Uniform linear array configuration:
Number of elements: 16
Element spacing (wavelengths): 0.75
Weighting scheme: exponential
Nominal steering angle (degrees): -60
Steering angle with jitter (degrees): -61.27
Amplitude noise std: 0.05
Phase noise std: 0.05

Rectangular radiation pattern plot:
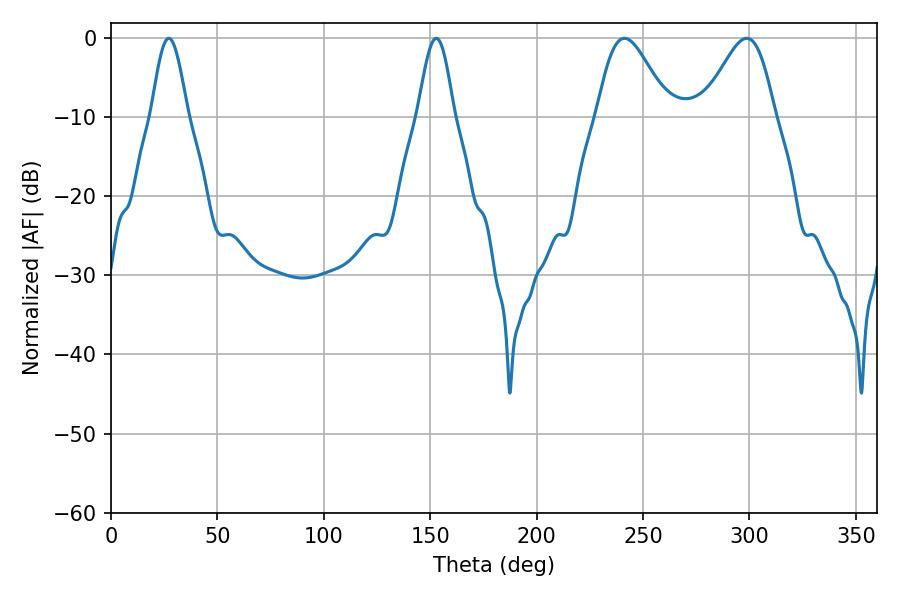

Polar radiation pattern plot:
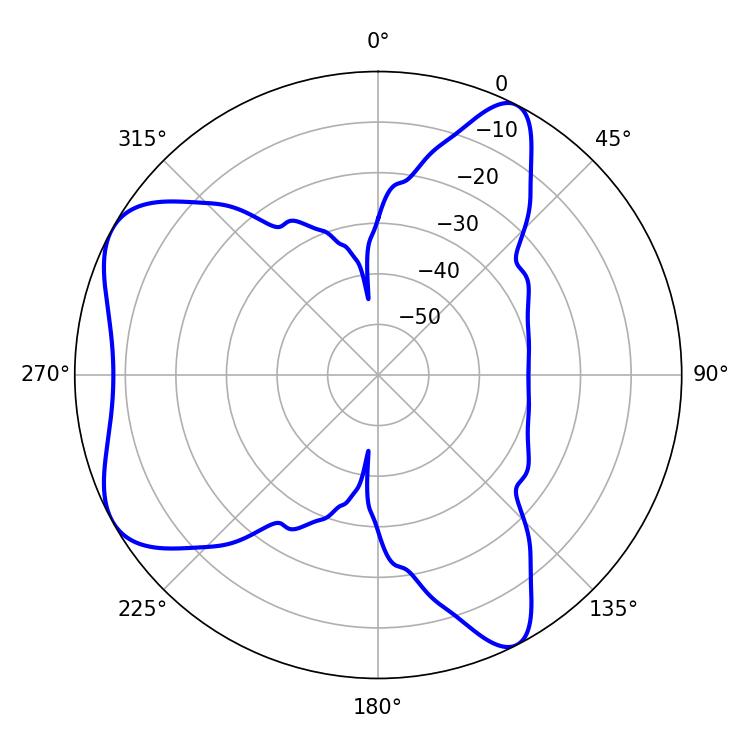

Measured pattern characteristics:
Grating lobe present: TRUE
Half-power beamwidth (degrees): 9
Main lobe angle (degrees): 27.18